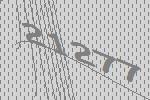
21277